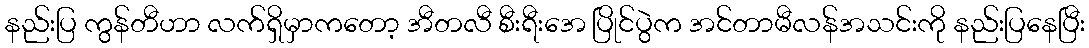
နည်းပြ ကွန်တီဟာ လက်ရှိမှာကတော့ အီတလီ စီးရီးအေ ပြိုင်ပွဲက အင်တာမီလန်အသင်းကို နည်းပြနေပြီး